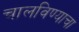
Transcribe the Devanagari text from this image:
चालविण्‍याचा